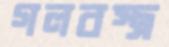
গলবস্ত্র